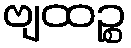
ဗျထဉ္စ